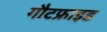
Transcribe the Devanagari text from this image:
गौटफ्राइड